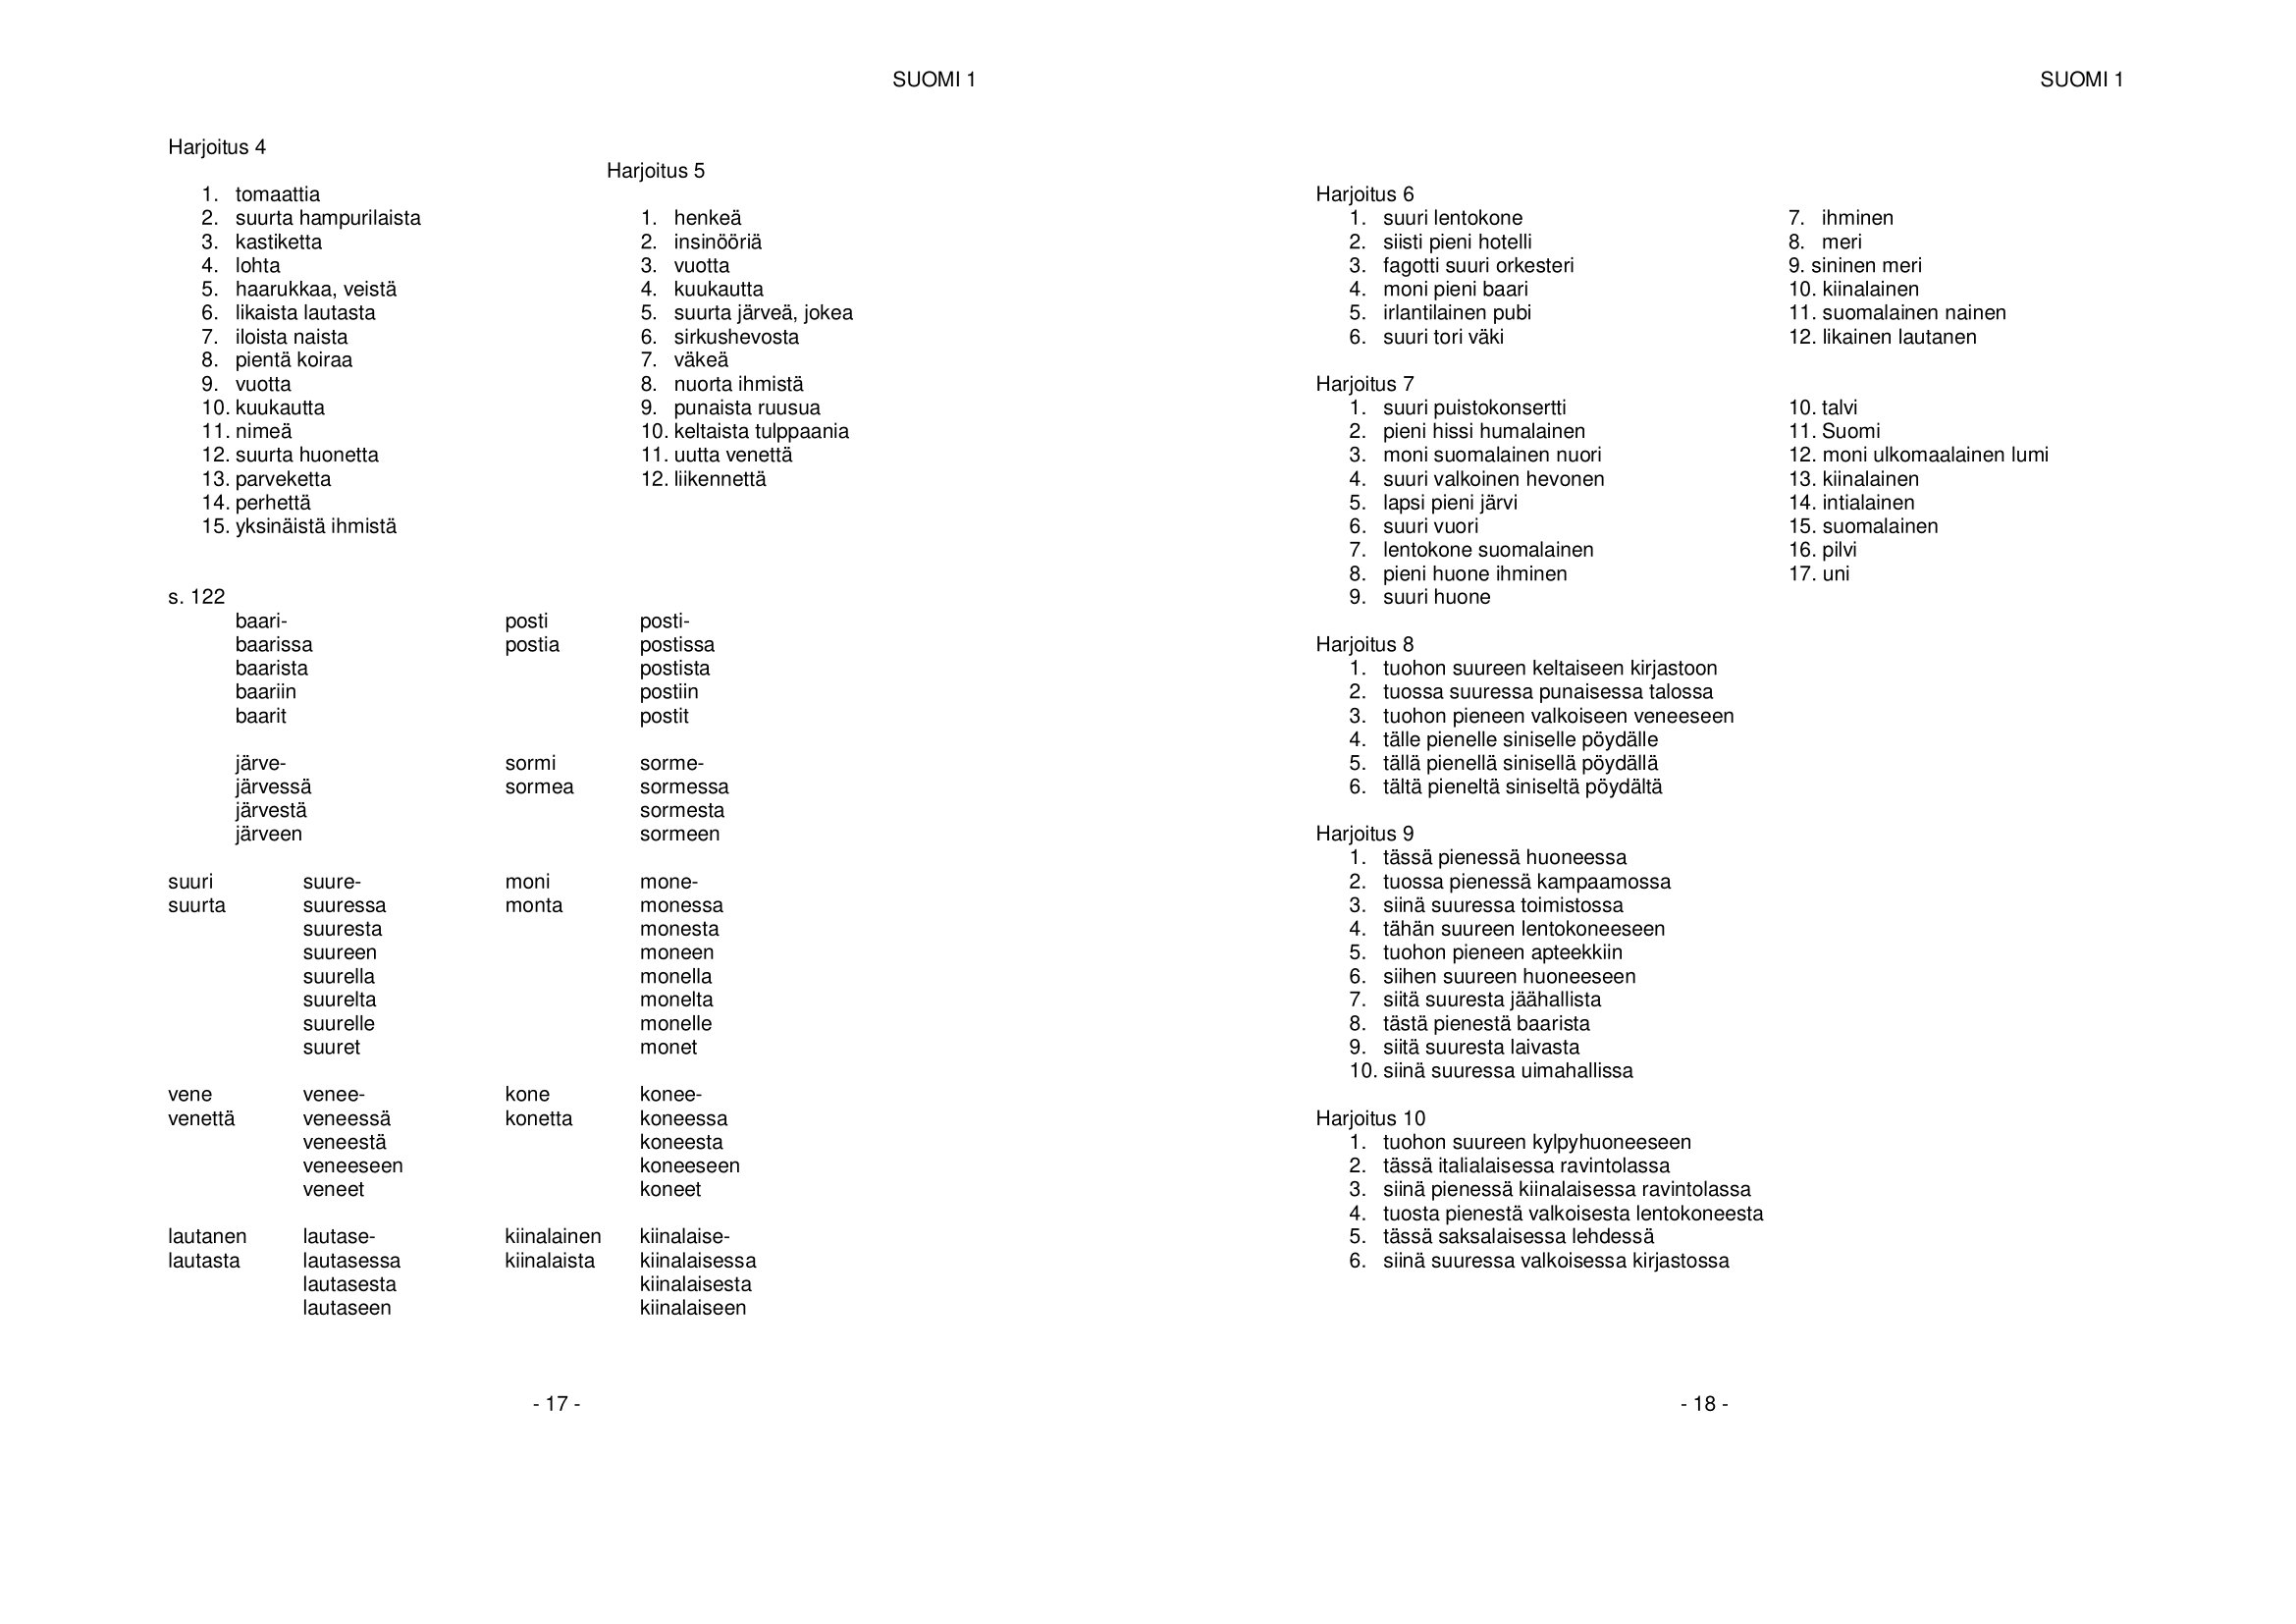
Language: fn